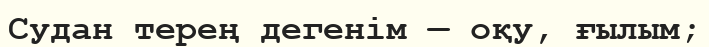
Судан терең дегенім — оқу, ғылым;